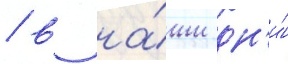
/ в на́ши дн'и́